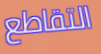
التقاطع